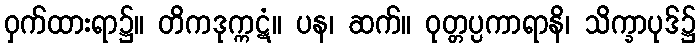
ဝှက်ထားရာ၌။ တိကဒုက္ကဋံ။ ပန၊ ဆက်။ ဝုတ္တပ္ပကာရာနိ၊ သိက္ခာပုဒ်၌